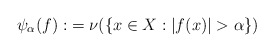
\begin{align*}\psi_\alpha(f):&= \nu(\{x\in X:|f(x)|>\alpha \})\end{align*}